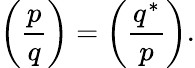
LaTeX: \left({\frac{p}{q}}\right)=\left({\frac{q^{*}}{p}}\right).